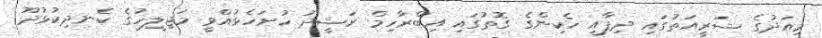
މިއަދުގެ ޝަރީއަތުގައި ދިފާއީ ހެކިންގެ ގޮތުގައި އިބްރާހިމް ރަޝީދު ހުށަހެޅުއްވީ މަޖިލީހުގެ ކެނދިކުޅުދޫ